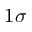
1 \sigma